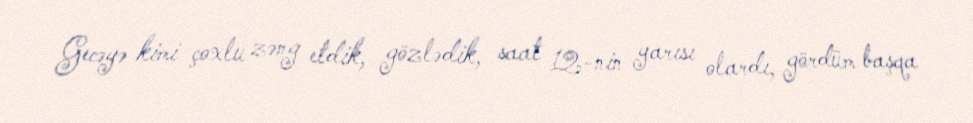
Gecəyə kimi çoxlu zəng etdik, gözlədik, saat 12-nin yarısı olardı, gördüm başqa